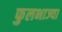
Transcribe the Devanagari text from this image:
फुलभाज्या